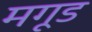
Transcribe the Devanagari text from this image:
मगूड